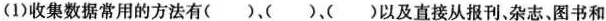
(1)收集数据常用的方法有()、()、()以及直接从报刊，杂志，图书和